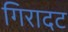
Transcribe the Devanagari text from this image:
गिरादट